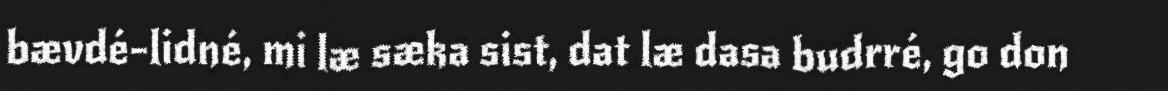
bævdé-lidné, mi læ sæka sist, dat læ dasa budrré, go don